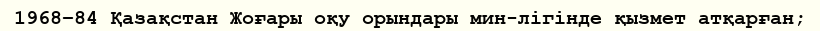
1968–84 Қазақстан Жоғары оқу орындары мин-лігінде қызмет атқарған;